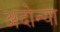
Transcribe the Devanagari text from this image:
अदोन्या